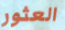
العثور